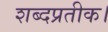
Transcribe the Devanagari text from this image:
शब्दप्रतीक।